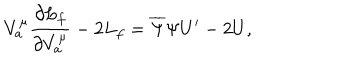
LaTeX: V _ { a } ^ { \mu } \frac { \partial L _ { f } } { \partial V _ { a } ^ { \mu } } - 2 L _ { f } = \overline { { { \Psi } } } \Psi U ^ { \prime } - 2 U ,